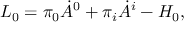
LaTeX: { \cal L } _ { 0 } = \pi _ { 0 } \dot { A } ^ { 0 } + \pi _ { i } \dot { A } ^ { i } - { \cal H } _ { 0 } ,